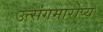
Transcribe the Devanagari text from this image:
उत्संगमारोप्य